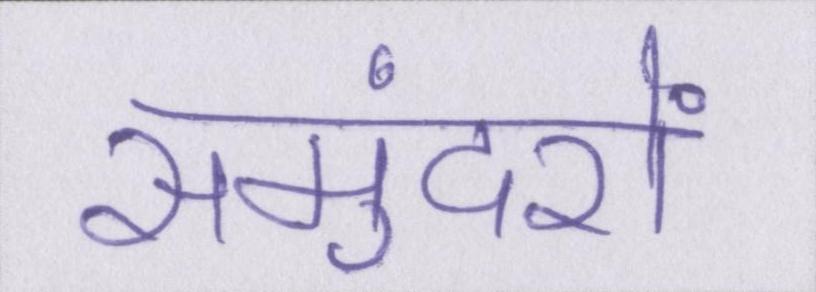
समुंदरों